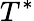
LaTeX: T^{\ast}